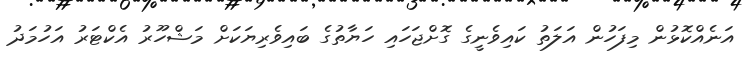
އަނެއްކޮޅުން މިފަހުން އަލަތު ކައިވެނީގެ ގޮށްޖަހައި ހަޔާތުގެ ބައިވެރިޔަކަށް މަޝްހޫރު އެކްޓަރު އަހުމަދު